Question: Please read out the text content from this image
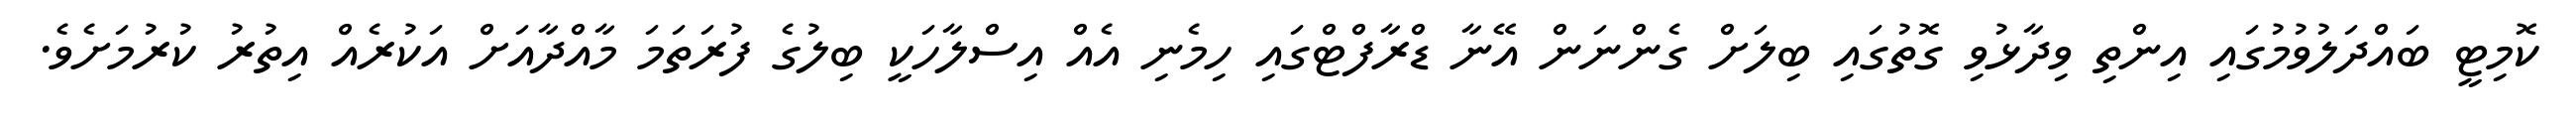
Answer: ކޮމިޓީ ބައްދަލުވުމުގައި އިންތި ވިދާޅުވި ގޮތުގައި ބިލަށް ގެންނަން އޭނާ ޑްރާފްޓްގައި ހިމެނި އެއް އިސްލާހަކީ ބިލުގެ ފުރަތަމަ މާއްދާއަށް އަކުރެއް އިތުރު ކުރުމަށެވެ.